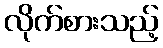
လိုက်စားသည့်